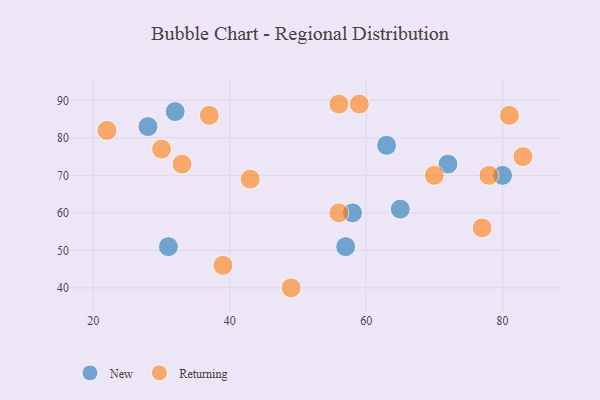
{"axis": {"x": "GDP", "y": "Life Expectancy"}, "legend": ["New", "Returning"], "data": [{"x": "72", "y": 73, "type": "New"}, {"x": "80", "y": 70, "type": "New"}, {"x": "32", "y": 87, "type": "New"}, {"x": "57", "y": 51, "type": "New"}, {"x": "65", "y": 61, "type": "New"}, {"x": "63", "y": 78, "type": "New"}, {"x": "58", "y": 60, "type": "New"}, {"x": "28", "y": 83, "type": "New"}, {"x": "31", "y": 51, "type": "New"}, {"x": "37", "y": 86, "type": "Returning"}, {"x": "56", "y": 60, "type": "Returning"}, {"x": "78", "y": 70, "type": "Returning"}, {"x": "83", "y": 75, "type": "Returning"}, {"x": "43", "y": 69, "type": "Returning"}, {"x": "77", "y": 56, "type": "Returning"}, {"x": "33", "y": 73, "type": "Returning"}, {"x": "56", "y": 89, "type": "Returning"}, {"x": "22", "y": 82, "type": "Returning"}, {"x": "30", "y": 77, "type": "Returning"}, {"x": "81", "y": 86, "type": "Returning"}, {"x": "70", "y": 70, "type": "Returning"}, {"x": "39", "y": 46, "type": "Returning"}, {"x": "49", "y": 40, "type": "Returning"}, {"x": "59", "y": 89, "type": "Returning"}]}